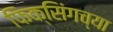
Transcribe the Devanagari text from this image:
फिक्सिंगच्या